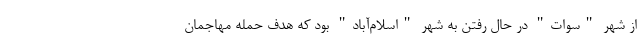
از شهر "سوات" در حال رفتن به شهر "اسلام‌آباد" بود که هدف حمله مهاجمان